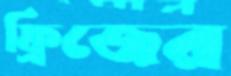
ফ্রিজের